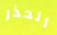
الحذر